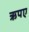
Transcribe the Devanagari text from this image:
ऋपए